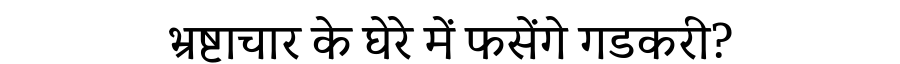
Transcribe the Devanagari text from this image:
भ्रष्टाचार के घेरे में फसेंगे गडकरी?